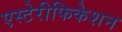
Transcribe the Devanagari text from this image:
एस्टेरीफिकेशन